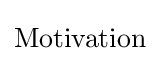
{\text{Motivation}}